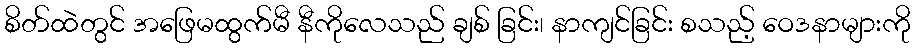
စိတ်ထဲတွင် အဖြေမထွက်မီ နီကိုလေသည် ချစ် ခြင်း၊ နာကျင်ခြင်း စသည့် ဝေဒနာများကို